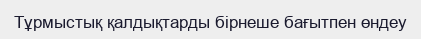
Тұрмыстық қалдықтарды бірнеше бағытпен өндеу